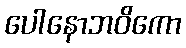
ပေါနောဘဝိကော